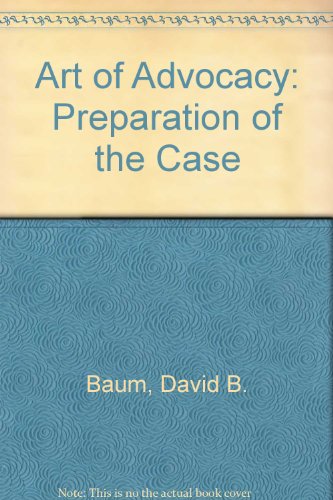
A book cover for Art of Advocacy: Preparation of the Case; David B. Baum; Law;